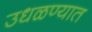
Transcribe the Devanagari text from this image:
उधळण्यात